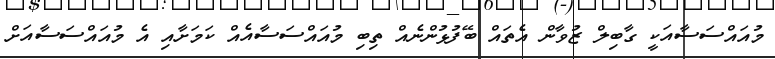
މުއައްސަސާއަކީ ގާބިލް ޒުވާން އެތައް ބޭފުޅުންނެއް ތިބި މުއައްސަސާއެއް ކަމަށާއި އެ މުއައްސަސާއަށް